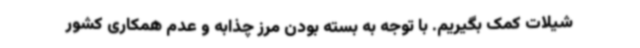
شیلات کمک بگیریم. با توجه به بسته بودن مرز چذابه و عدم همکاری کشور